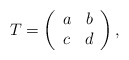
\begin{align*}T = \left(\begin{array}{cc} a & b\\c & d\end{array}\right),\end{align*}